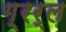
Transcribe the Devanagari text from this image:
ग्रर्ल